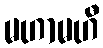
မဟာမဟီ